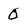
Character: 0